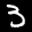
Label: 3